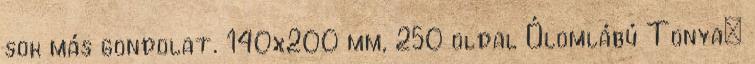
sok más gondolat. 140x200 mm, 250 oldal Ólomlábú Tonya: